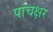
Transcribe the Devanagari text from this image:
पांचक्षर